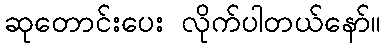
ဆုတောင်းပေး လိုက်ပါတယ်နော်။